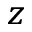
_ { z }